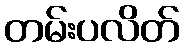
တမ်းပလိတ်